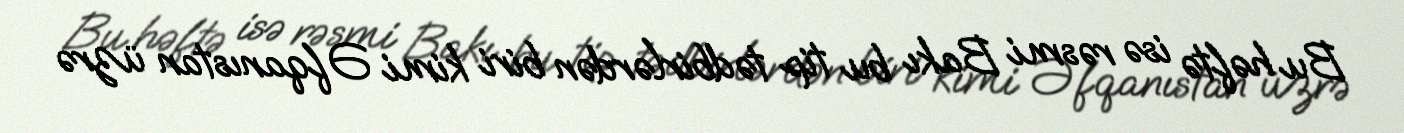
Bu həftə isə rəsmi Bakı bu tip tədbirlərdən biri kimi Əfqanıstan üzrə